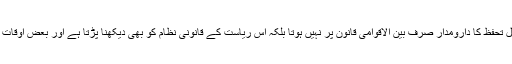
اس تفصیل سے مقصود اس بات کی وضاحت تھی کہ کسی ریاست کے اندر سفیر کو حاصل تحفظ کا دارومدار صرف بین الاقوامی قانون پر نہیں ہوتا بلکہ اس ریاست کے قانونی نظام کو بھی دیکھنا پڑتا ہے اور بعض اوقات ریاستی قانون میں سفیر کو اتنا تحفظ حاصل نہیں ہوتا جتنا بین الاقوامی قانون میں ہوتا ہے ۔